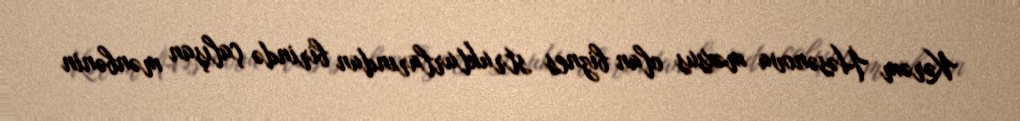
Kərəm Həsənova məxsus olan biznes strukturlarından birində çalışan mənbənin